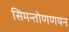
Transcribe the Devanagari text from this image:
सिमन्तोणणयन